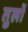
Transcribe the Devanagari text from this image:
तुलों